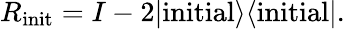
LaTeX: R_{\mathrm{init}}=I-2|\mathrm{initial}\rangle\langle\mathrm{initial}|.